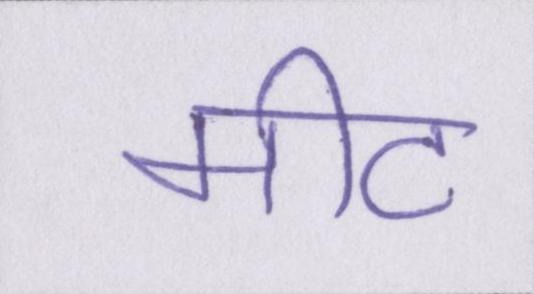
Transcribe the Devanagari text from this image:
मीट